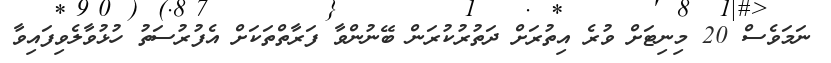
ނަމަވެސް 20 މިނިޓަށް ވުރެ އިތުރަށް ދަތުރުކުރަން ބޭނުންވާ ފަރާތްތަކަށް އެފުރުސަތު ހުޅުވާލެވިފައިވާ